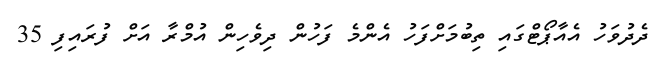
ދެދުވަހު އެއާޕޯޓްގައި ތިބުމަށްފަހު އެންމެ ފަހުން ދިވެހިން އުމްރާ އަށް ފުރައިފި 35